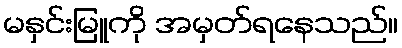
မနှင်းမြူကို အမှတ်ရနေသည်။